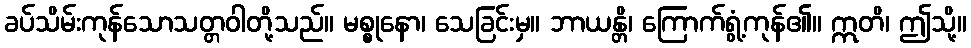
ခပ်သိမ်းကုန်သောသတ္တဝါတို့သည်။ မစ္စုနော၊ သေခြင်းမှ။ ဘာယန္တိ၊ ကြောက်ရွံ့ကုန်၏။ ဣတိ၊ ဤသို့။